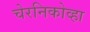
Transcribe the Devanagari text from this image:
चेरनिकोव्हा